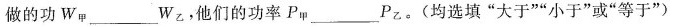
做的功W_{甲}___W_{甲2乙}，他们的功率P_{甲}___P_{乙}。(均选填”大于””小于”或”等于”)